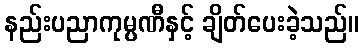
နည်းပညာကုမ္ပဏီနှင့် ချိတ်ပေးခဲ့သည်။